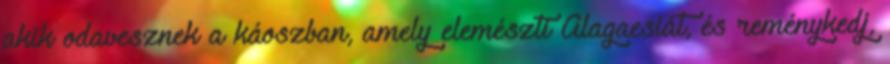
akik odavesznek a káoszban, amely elemészti Alagaesiát, és reménykedj,